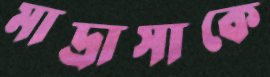
মাদ্রাসাকে